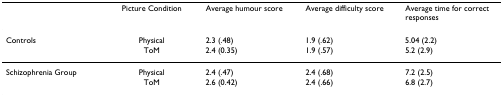
<table><thead><tr><td></td><td><b>Picture Condition</b></td><td><b>Average humour score</b></td><td><b>Average difficulty score</b></td><td><b>Average time for correct responses</b></td></tr></thead><tbody><tr><td>Controls</td><td>Physical</td><td>2.3 (.48)</td><td>1.9 (.62)</td><td>5.04 (2.2)</td></tr><tr><td></td><td>ToM</td><td>2.4 (0.35)</td><td>1.9 (.57)</td><td>5.2 (2.9)</td></tr><tr><td>Schizophrenia Group</td><td>Physical</td><td>2.4 (.47)</td><td>2.4 (.68)</td><td>7.2 (2.5)</td></tr><tr><td></td><td>ToM</td><td>2.6 (0.42)</td><td>2.4 (.66)</td><td>6.8 (2.7)</td></tr></tbody></table>